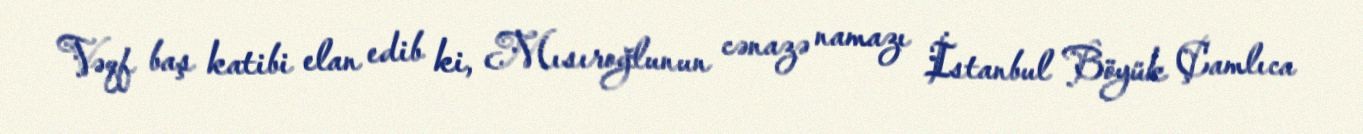
Vəqf baş katibi elan edib ki, Mısıroğlunun cənazə namazı İstanbul Böyük Çamlıca